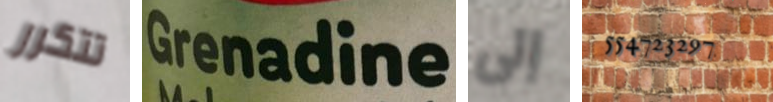
تتكرر Grenadine إلى 554723297